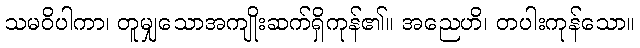
သမဝိပါကာ၊ တူမျှသောအကျိုးဆက်ရှိကုန်၏။ အညေဟိ၊ တပါးကုန်သော။